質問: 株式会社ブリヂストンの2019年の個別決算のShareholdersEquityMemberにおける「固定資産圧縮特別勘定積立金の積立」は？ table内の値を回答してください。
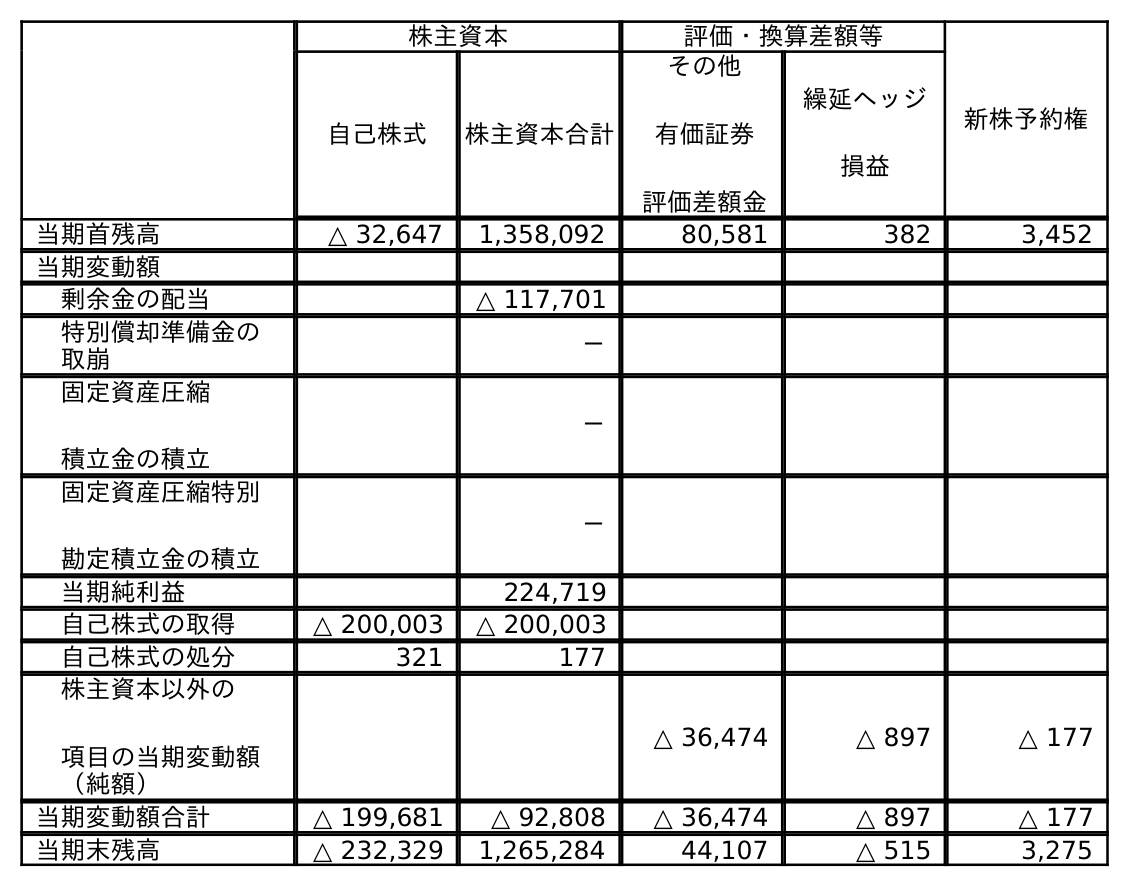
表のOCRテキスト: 株主資本 評価・換算差額等 新株予約権 自己株式 株主資本合計 その他 有価証券 評価差額金 繰延ヘッジ 損益 当期首残高 △ 32,647 1,358,092 80,581 382 3,452 当期変動額 剰余金の配当 △ 117,701 特別償却準備金の 取崩 － 固定資産圧縮 積立金の積立 － 固定資産圧縮特別 勘定積立金の積立 － 当期純利益 224,719 自己株式の取得 △ 200,003 △ 200,003 自己株式の処分 321 177 株主資本以外の 項目の当期変動額 （純額） △ 36,474 △ 897 △ 177 当期変動額合計 △ 199,681 △ 92,808 △ 36,474 △ 897 △ 177 当期末残高 △ 232,329 1,265,284 44,107 △ 515 3,275
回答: －